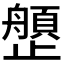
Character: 𰙺